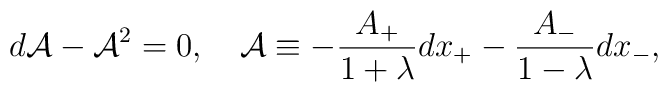
d{\cal A}-{\cal A}^2=0,\quad {\cal A}\equiv -{A_+\over{1+\lambda}}dx_+ -	{A_-\over{1-\lambda}}dx_-,